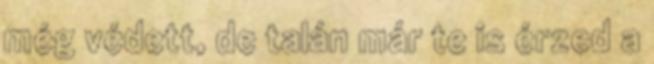
még védett, de talán már te is érzed a